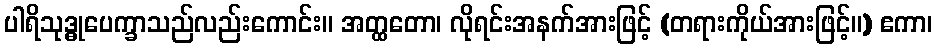
ပါရိသုဒ္ဓုပေက္ခာသည်လည်းကောင်း။ အတ္ထတော၊ လိုရင်းအနက်အားဖြင့် (တရားကိုယ်အားဖြင့်။) ဧကာ၊